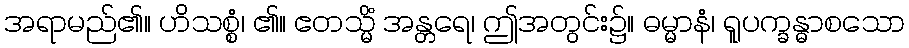
အရာမည်၏။ ဟိသစ္စံ၊ ၏။ ဧတသ္မိံ အန္တရေ၊ ဤအတွင်း၌။ ဓမ္မာနံ၊ ရူပက္ခန္ဓာစသော